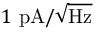
1 \ \mathrm { p A } / \sqrt { \mathrm { H z } }